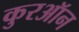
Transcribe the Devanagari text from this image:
कुरऑन